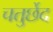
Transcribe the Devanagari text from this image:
चतुर्छेद